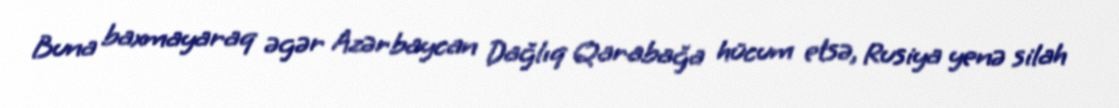
Buna baxmayaraq əgər Azərbaycan Dağlıq Qarabağa hücum etsə, Rusiya yenə silah